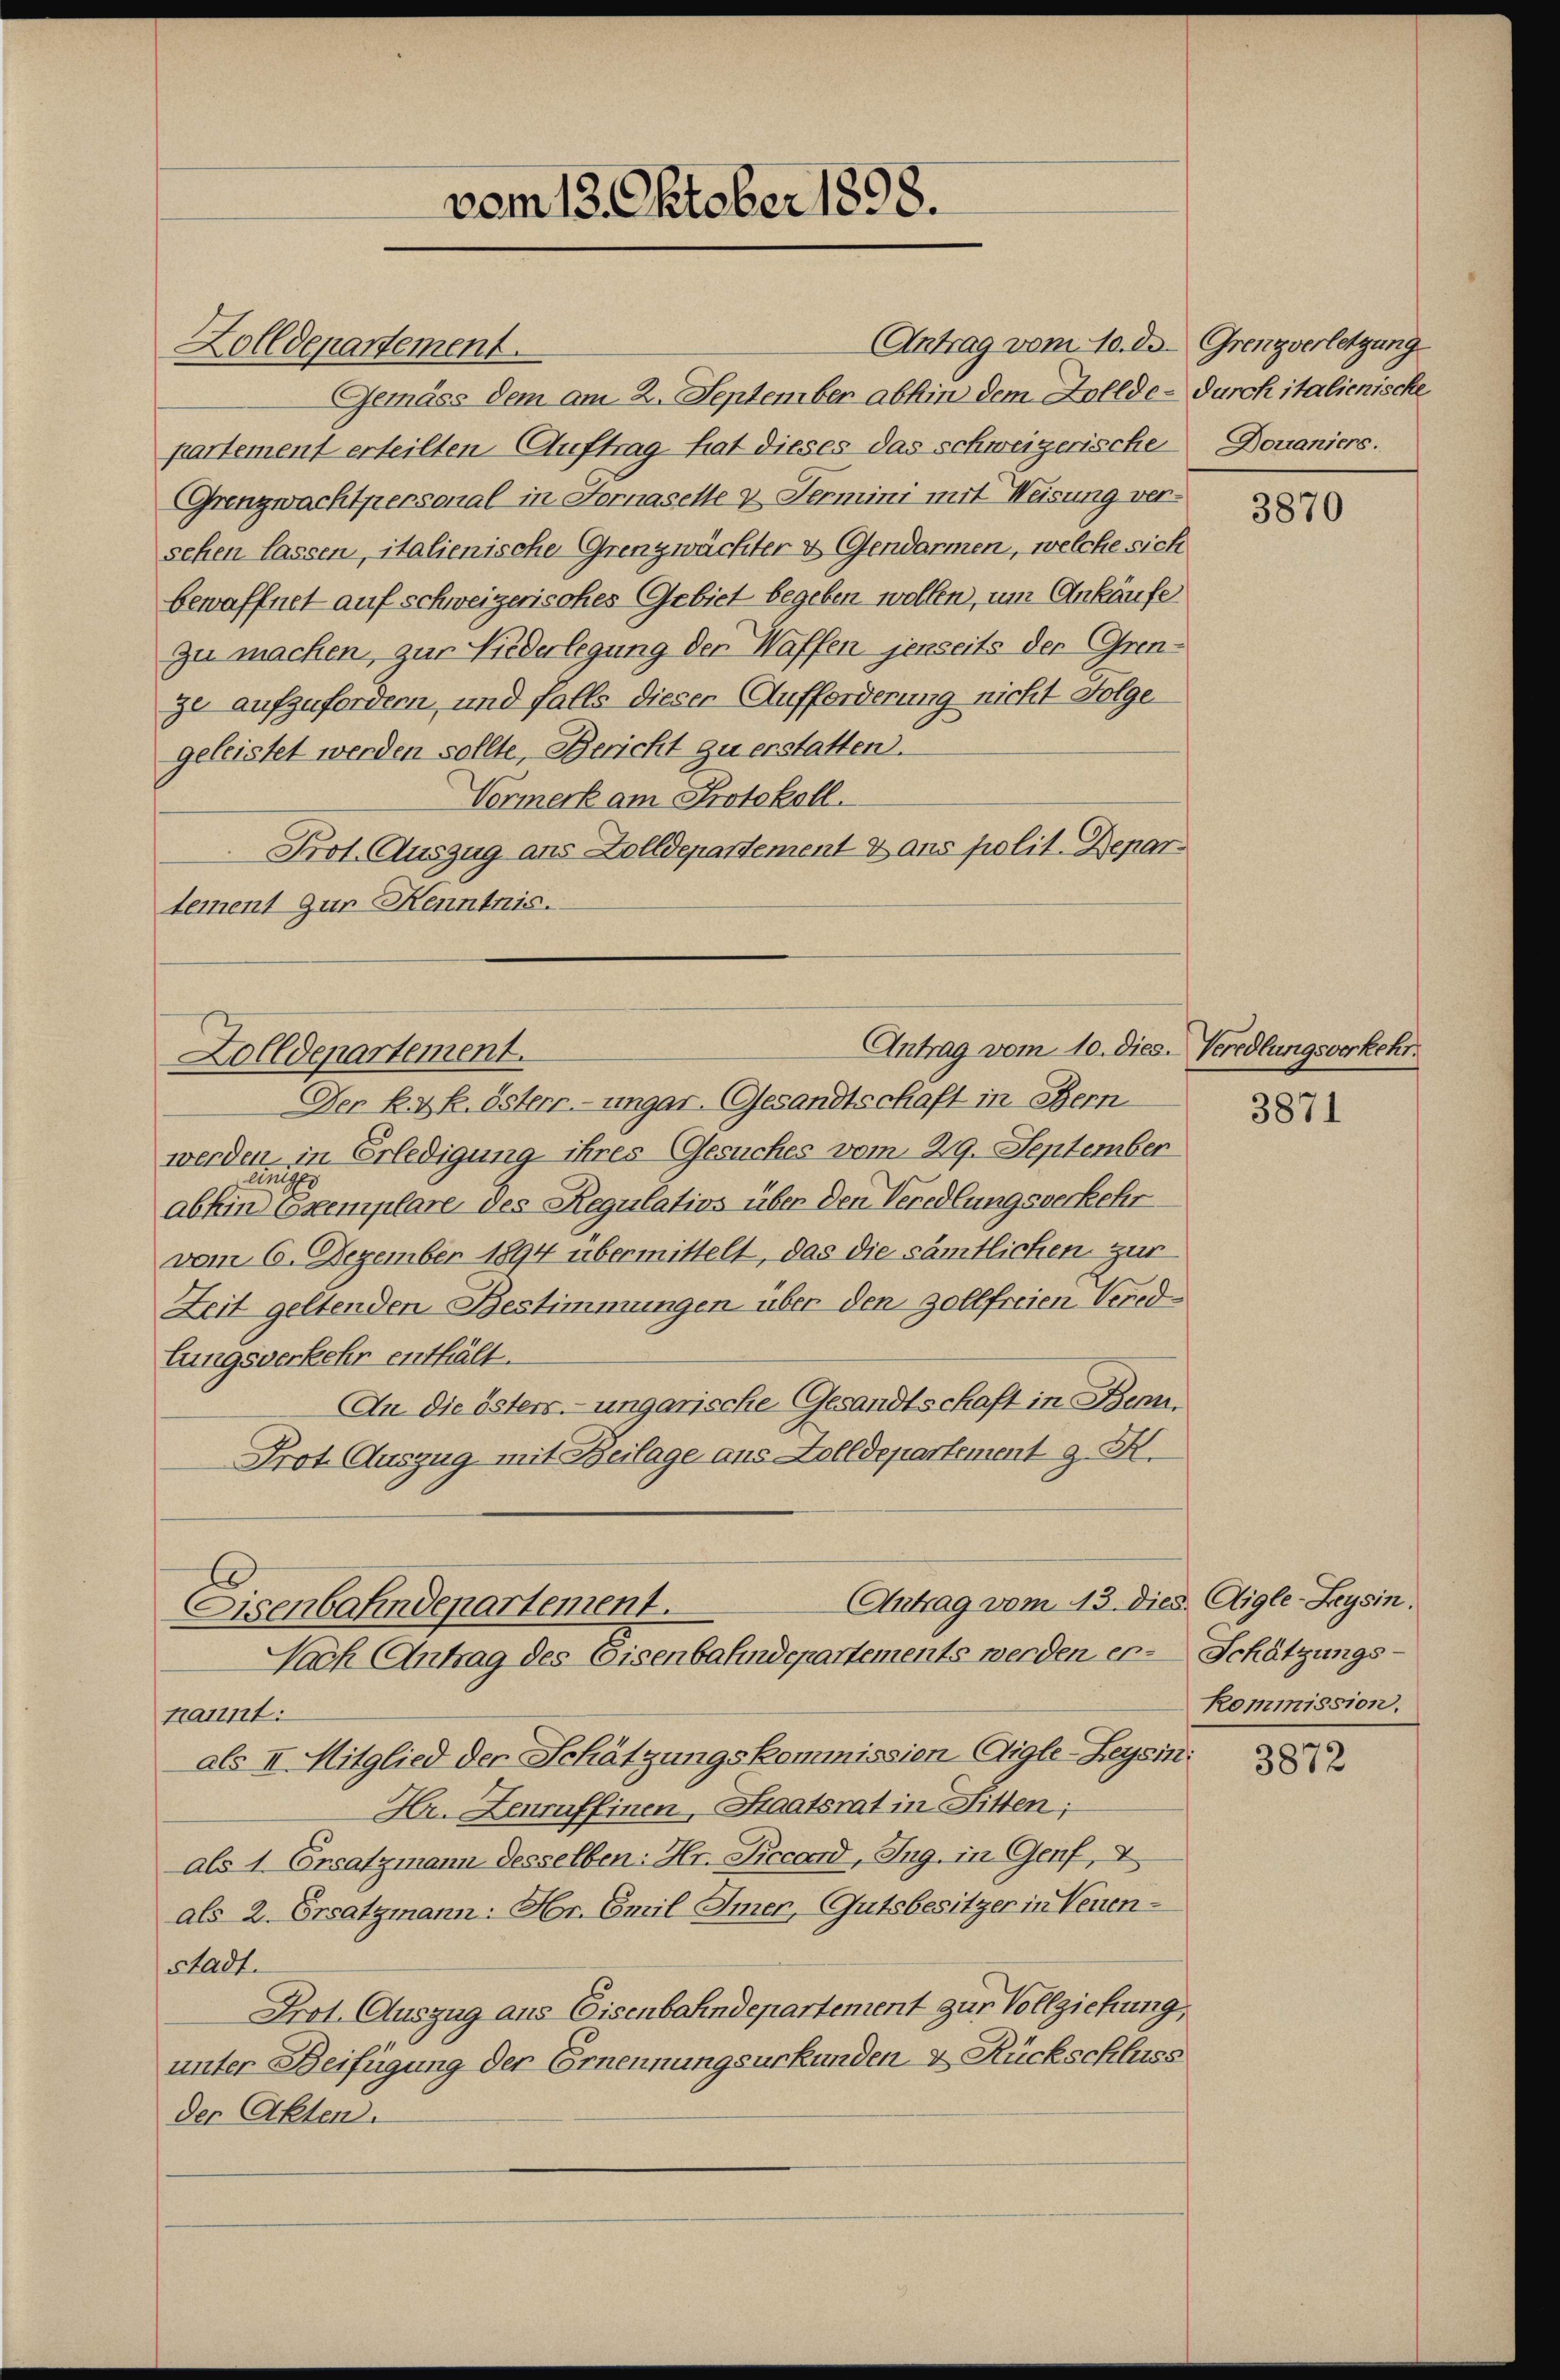
Antrag vom 10. d. Grenzverletzung
Zolldepartement.
Gemäss dem am 2. September abhin dem Zollde-Durch italienische
partement erteilten Auftrag hat dieses das schweizerische
Grenzwachtpersonal in Fornasette & Fermini mit Weisung versehen lassen, italienische Grenzwächter & Gendarmen, welche sich
bewaffnet auf schweizerisches Gebiet begeben wollen, um Ankäufe
zu machen, zur Niederlegung der Waffen jenseits der Grenze aufzufordern, und falls dieser Aufforderung nicht Folge
geleistet werden sollte, Bericht zu erstatten.
Vormerk am Protokoll.
Prot. Auszug aus Zolldepartement & ans polit. Departement zur Kenntnis.

Der k. k. österr.-ungar. Gesandtschaft in Bern
werden, in Erledigung ihres Gesuches vom 29. September
ung
abhin Exemplare des Regulatios über den Veredlungsverkehr
vom 6. Dezember 1894 übermittelt, das die sämtlichen zur
Zeit geltenden Bestimmungen über den Zollfreien Vereidlungsverkehr enthält.
An die östers.- ungarische Gesandtschaft in Benn.
Prot. Auszug mit Beilage aus Zolldepartement z. K.

vom 13. Oktober 1898.

Antrag vom 10. dies. Veredlungsverkehr.
Zolldepartement.

Antrag vom 13.
Eisenbahndepartement.
Nach Antrag des Eisenbahndepartements werden er-Schätzungs¬

nannt:
als II. Mitglied der Schätzungskommission Aigle-Leysin:
Hr. Zenruffinen, Staatsrat in Fitten;
als 1. Ersatzmann desselben: Hr. Piccord, Ing. in Genf, I
als 2. Ersatzmann: Hr. Emil Imer, Gutsbesitzer in Neuenstadt.
Prot. Auszug aus Eisenbahndepartement zur Vollziehung,
unter Beifügung der Ernennungsurkunden & Rückschluss
der Akten.

Douaniers.

3870

3871

dies Aigle-Leysin.
kommission.

3872